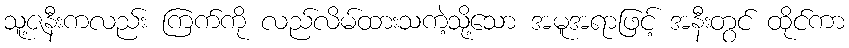
သူ့ဇနီးကလည်း ကြက်ကို လည်လိမ်ထားသကဲ့သို့သော အမူအရာဖြင့် အနီးတွင် ထိုင်ကာ